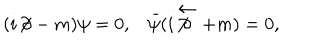
( i \! \not \! \partial - m ) \psi = 0 , \bar { \psi } ( i \! \not \stackrel { \leftarrow } { \partial } + m ) = 0 ,